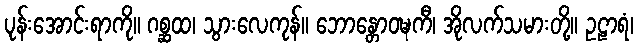
ပုန်းအောင်းရာကို။ ဂစ္ဆထ၊ သွားလေကုန်။ ဘောန္တောဝဍ္ဎကီ၊ အိုလက်သမားတို့။ ဥဠာရံ၊